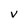
Character: V